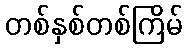
တစ်နှစ်တစ်ကြိမ်